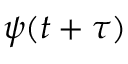
\psi ( t + \tau )